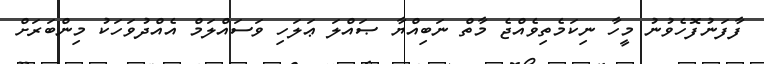
ފާފަނުފޮހެވުނު މީހާ ނިކަމެތިވެއްޖެ މާތް ނަބިއްޔާ ޞައްލަ ޢަލަހި ވަސައްލަމް އެއްދުވަހަކު މިންބަރަށް